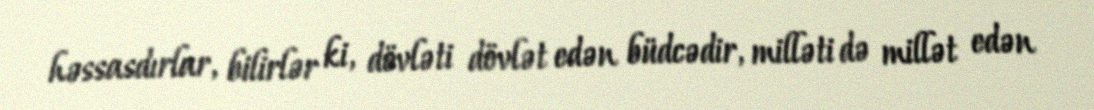
həssasdırlar, bilirlər ki, dövləti dövlət edən büdcədir, milləti də millət edən